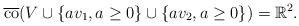
LaTeX: \begin{align*}\overline{\mathrm{co}}(V\cup \{a v_1, a \geq 0\} \cup \{a v_2, a \geq 0\} )={\mathbb R}^2.\end{align*}